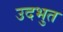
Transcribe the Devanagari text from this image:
उदभुत